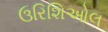
ઉરિશિઓલ